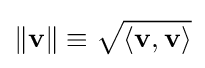
\lVert \mathbf {v} \rVert \equiv {\sqrt {\langle \mathbf {v} ,\mathbf {v} \rangle }}